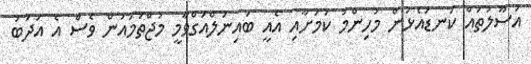
އުސޫލުތައް ކަނޑައެޅުން މުހިންމު ކަމަށާއި އެއީ ބައިނަލްއަގްވާމީ މުޖްތަމައުން ވެސް އެ އަދަބު